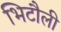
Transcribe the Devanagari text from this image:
भिटौली